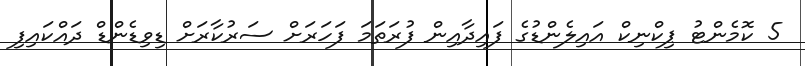
5 ކޮމެންޓު ޕިކްނިކް އައިލެންޑުގެ ފައިދާއިން ފުރަތަމަ ފަހަރަށް ސަރުކާރަށް ޑިވިޑެންޑް ދައްކައިފި